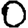
Digit: 0